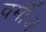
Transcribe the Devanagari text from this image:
वर्मीज